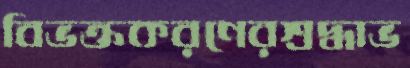
বিভক্তকরণেরশ্রদ্ধাভ